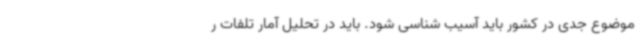
موضوع جدی در کشور باید آسیب شناسی شود. باید در تحلیل آمار تلفات ر